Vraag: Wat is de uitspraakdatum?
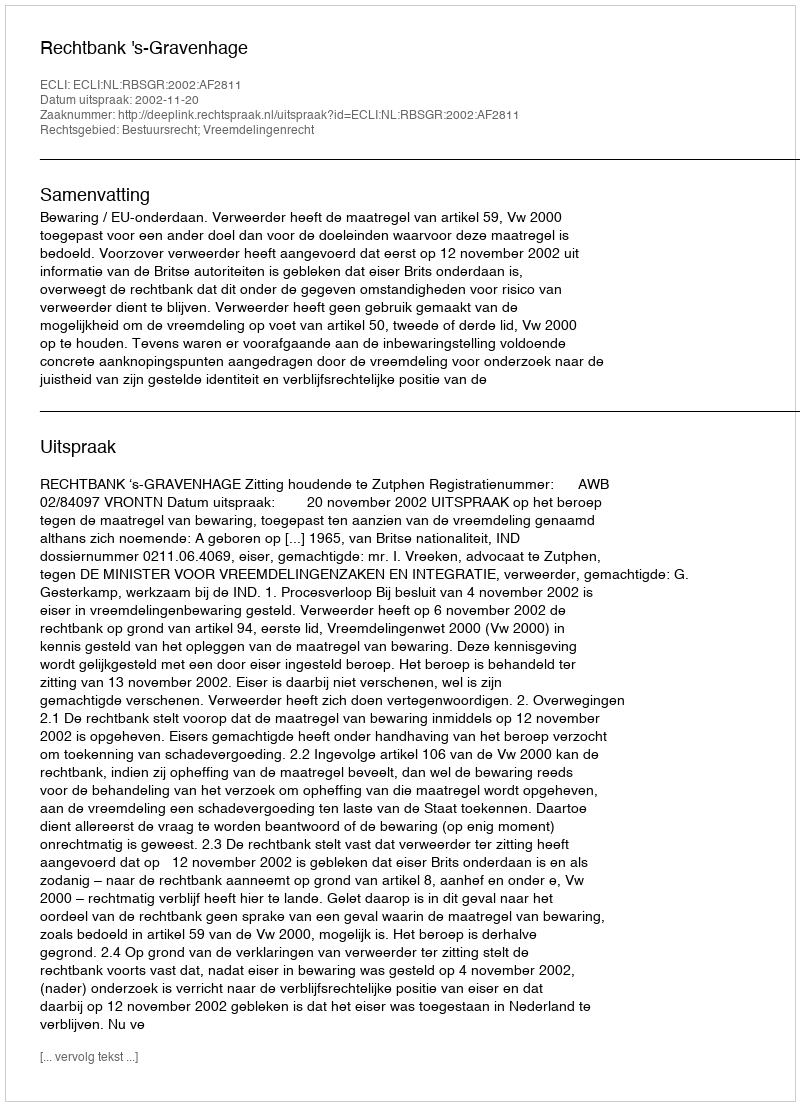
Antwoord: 2002-11-20